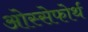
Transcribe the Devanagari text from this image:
ओस्सेफोर्थ